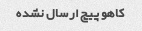
کاهو پیچ ارسال نشده